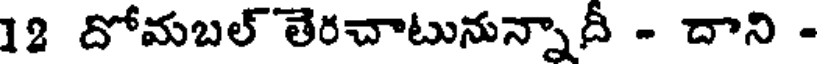
12 దోమబల్ తెరచాటునున్నాదీ - దాని -